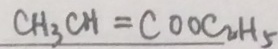
C H _ { 3 } C H = C O O C _ { 2 } H _ { 5 }